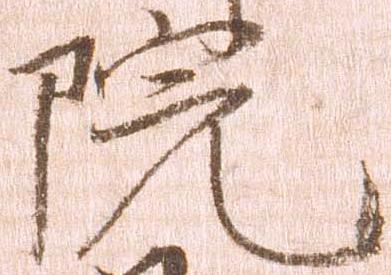
院